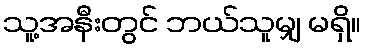
သူ့အနီးတွင် ဘယ်သူမျှ မရှိ။